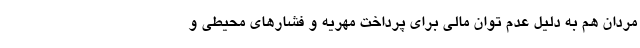
مردان هم به دلیل عدم توان مالی برای پرداخت مهریه و فشارهای محیطی و